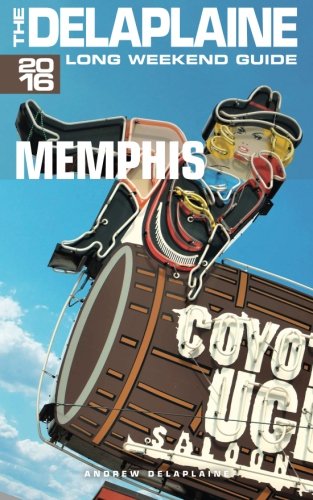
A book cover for MEMPHIS - The Delaplaine 2016 Long Weekend Guide (Long Weekend Guides); Andrew Delaplaine; Travel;